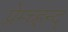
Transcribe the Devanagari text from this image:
प्रेम्च्हन्द्